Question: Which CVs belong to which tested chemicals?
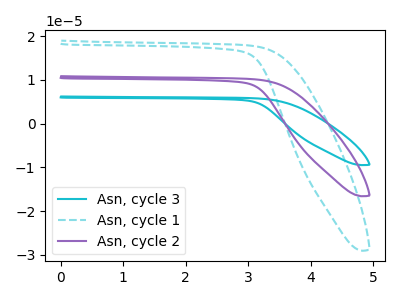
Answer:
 <answer>The cyan curve is labeled "Asn, cycle 3". The cyan dashed curve is labeled "Asn, cycle 1". The purple curve is labeled "Asn, cycle 2".</answer>
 <eval></eval>